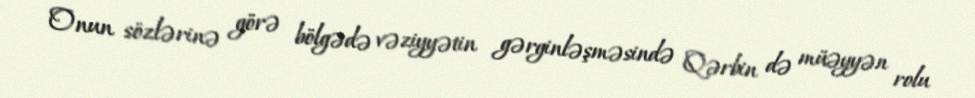
Onun sözlərinə görə bölgədə vəziyyətin gərginləşməsində Qərbin də müəyyən rolu